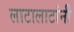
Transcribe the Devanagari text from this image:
लाटालाटांनी